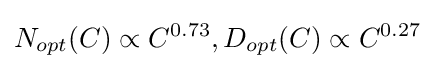
N_{opt}(C)\propto C^{0.73},D_{opt}(C)\propto C^{0.27}